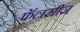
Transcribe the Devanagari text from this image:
फॅलसीज